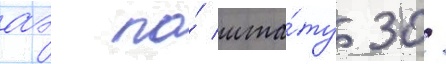
аэ по́ шта́ту 30/